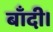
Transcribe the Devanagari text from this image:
बाँदी।